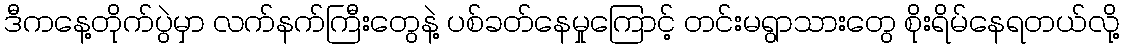
ဒီကနေ့တိုက်ပွဲမှာ လက်နက်ကြီးတွေနဲ့ ပစ်ခတ်နေမှုကြောင့် တင်းမရွာသားတွေ စိုးရိမ်နေရတယ်လို့